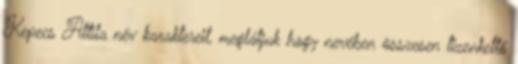
Kepecs Attila név karaktereit, meglátjuk hogy nevében összesen tizenkettő